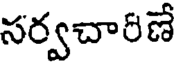
సర్వచారిణే